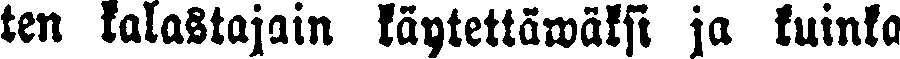
ten kalastajain käytettäwäksi ja kuinka